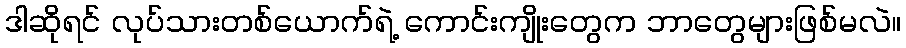
ဒါဆိုရင် လုပ်သားတစ်ယောက်ရဲ့ ကောင်းကျိုးတွေက ဘာတွေများဖြစ်မလဲ။